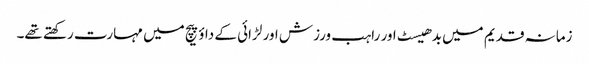
زمانہ قدیم میں بدھیسٹ اور راہب ورزش اور لڑائی کے داؤ پیچ میں مہارت رکھتے تھے۔